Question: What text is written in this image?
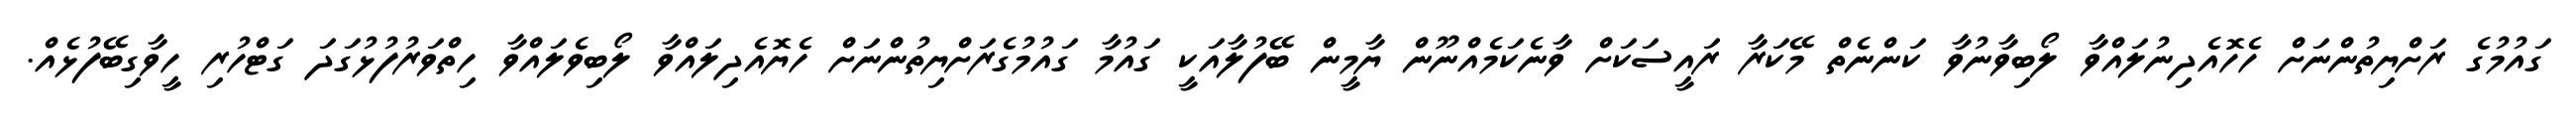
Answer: ގައުމުގެ ރަށްޔިތުންނަށް ހެހޮއެދިނުލައްވާ ލޯބިވާނުވާ ކަންނެތް މޭކަރާ ރައީސަކަށް ވާނެކަމެއްނޫން ޔާމީން ބޭފުލާއަކީ ގައުމާ ގައުމުގެރަށްޔިތުންނަށް ހެޔޮއެދިލައްވާ ލޯބިވެލައްވާ ހިތްވަރުފުޅުގަދަ ގަޓްހުރި ހީވާގިބޭފުޅެއް.